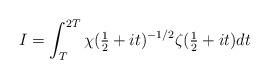
LaTeX: \begin{align*} I = \int_{T}^{2T}\chi(\tfrac{1}{2}+it)^{-1/2}\zeta(\tfrac{1}{2}+it) dt \end{align*}